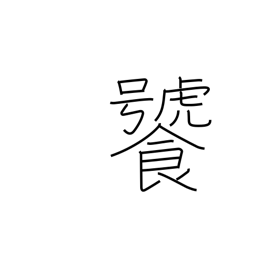
Meaning: be greedy